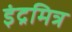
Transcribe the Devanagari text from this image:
इंद्रमित्र